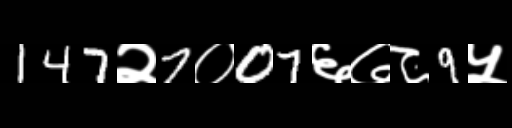
Text: 147२7०07६७८9५